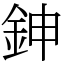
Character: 鉮